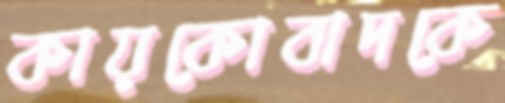
কায়কোবাদকে